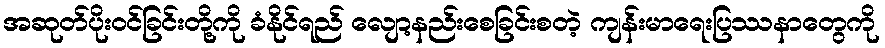
အဆုတ်ပိုးဝင်ခြင်းတို့ကို ခံနိုင်ရည် လျော့နည်းစေခြင်းစတဲ့ ကျန်းမာရေးပြဿနာတွေကို